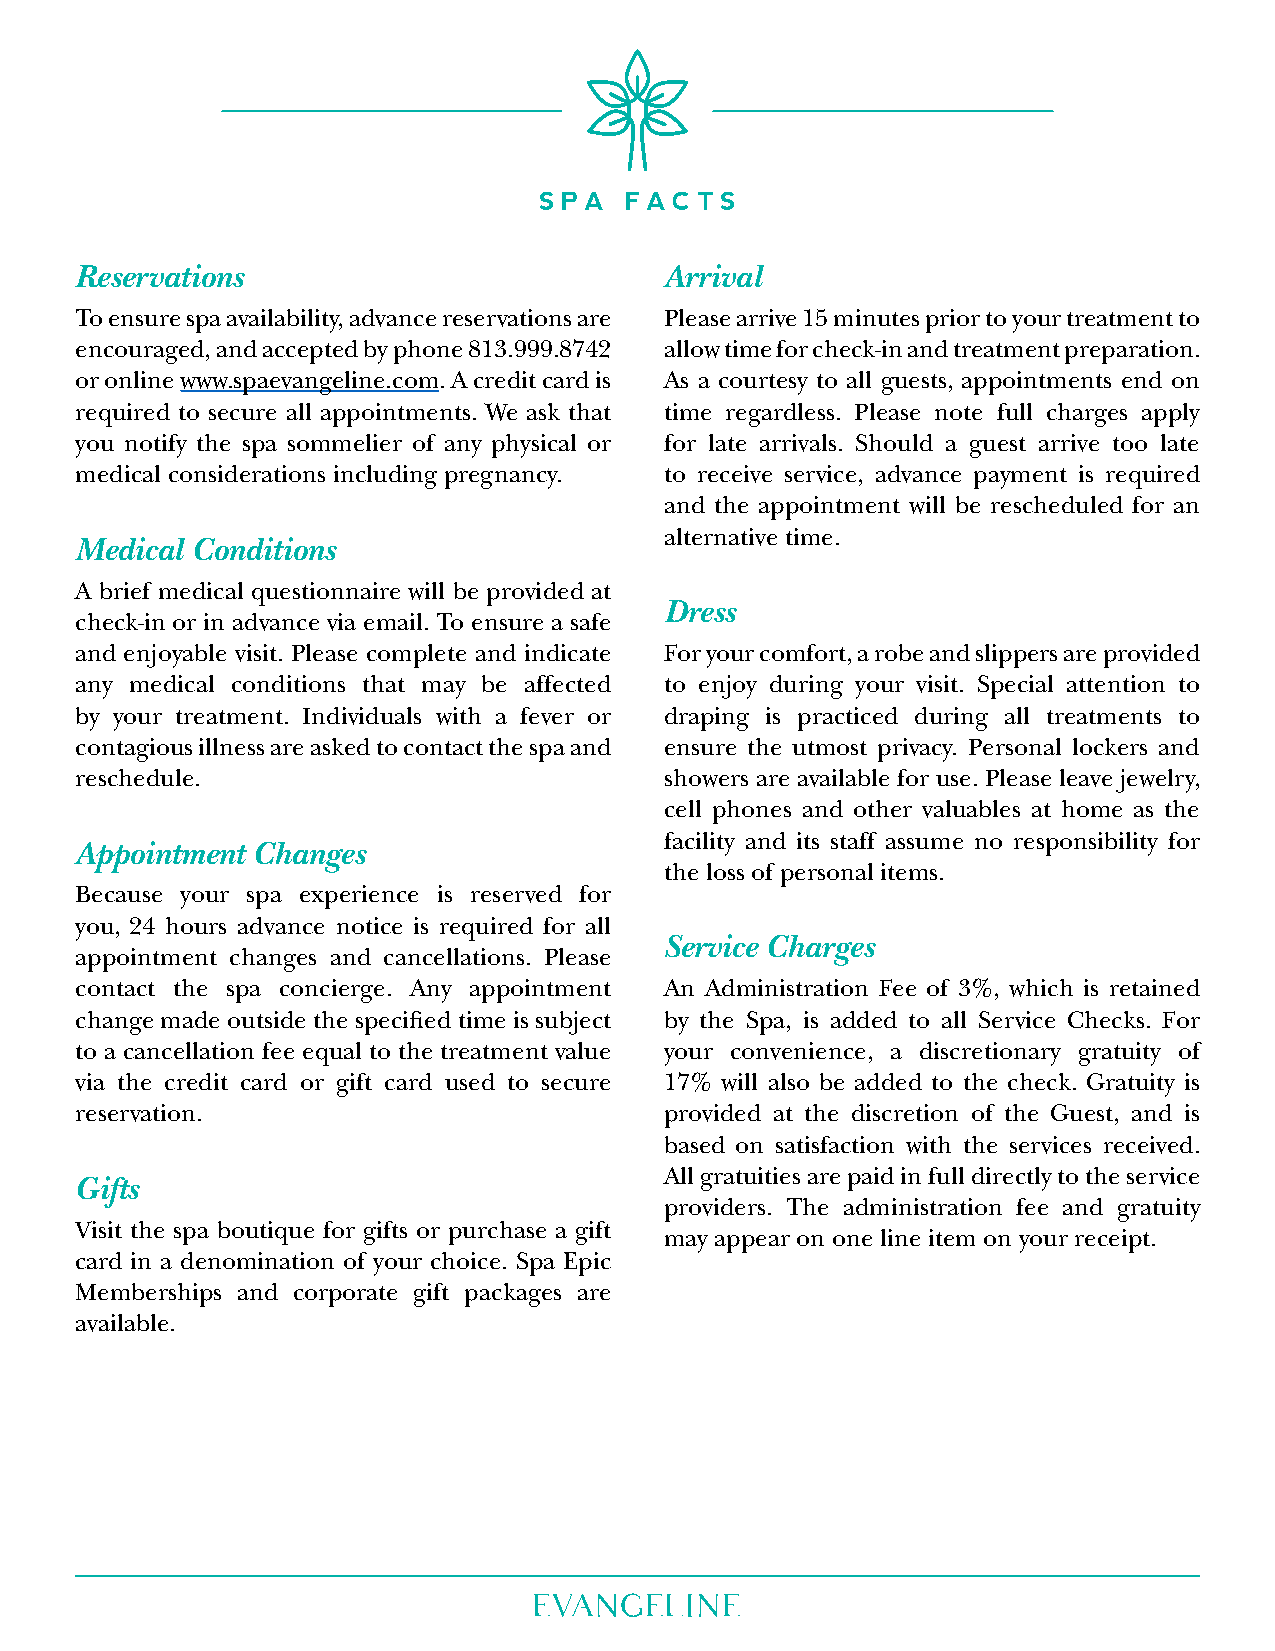
Spa factS
 Reservations                           Arrival
 To ensure spa availability, advance reservations are Please arrive 15 minutes prior to your treatment to
 encouraged, and accepted by phone 813.999.8742 allow time for check-in and treatment preparation.
 or online www.spaevangeline.com. A credit card is As a courtesy to all guests, appointments end on
 required to secure all appointments. We ask that time regardless. Please note full charges apply
 you notify the spa sommelier of any physical or for late arrivals. Should a guest arrive too late
 medical considerations including pregnancy. to receive service, advance payment is required
 and the appointment will be rescheduled for an
 alternative time.
 Medical Conditions
 A brief medical questionnaire will be provided at
 Dress
 check-in or in advance via email. To ensure a safe
 and enjoyable visit. Please complete and indicate For your comfort, a robe and slippers are provided
 any medical conditions that may be affected to enjoy during your visit. Special attention to
 by your treatment. Individuals with a fever or draping is practiced during all treatments to
 contagious illness are asked to contact the spa and ensure the utmost privacy. Personal lockers and
 reschedule.                            showers are available for use. Please leave jewelry,
 cell phones and other valuables at home as the
 facility and its staff assume no responsibility for
 Appointment Changes
 the loss of personal items.
 Because your spa experience is reserved for
 you, 24 hours advance notice is required for all
 Service Charges
 appointment changes and cancellations. Please
 contact the spa concierge. Any appointment An Administration Fee of 3%, which is retained
 change made outside the specified time is subject by the Spa, is added to all Service Checks. For
 to a cancellation fee equal to the treatment value your convenience, a discretionary gratuity of
 via the credit card or gift card used to secure 17% will also be added to the check. Gratuity is
 reservation.                           provided at the discretion of the Guest, and is
 based on satisfaction with the services received.
 All gratuities are paid in full directly to the service
 Gifts
 providers. The administration fee and gratuity
 Visit the spa boutique for gifts or purchase a gift
 may appear on one line item on your receipt.
 card in a denomination of your choice. Spa Epic
 Memberships and corporate gift packages are
 available.